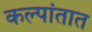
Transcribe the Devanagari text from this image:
कल्पांतात